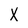
Character: X